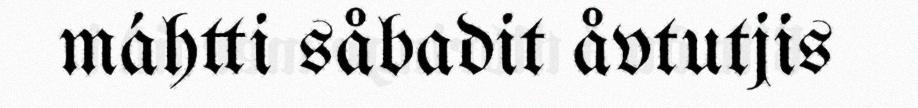
máhtti såbadit åvtutjis